Annual report on the lock hospitals of the Madras Presidency
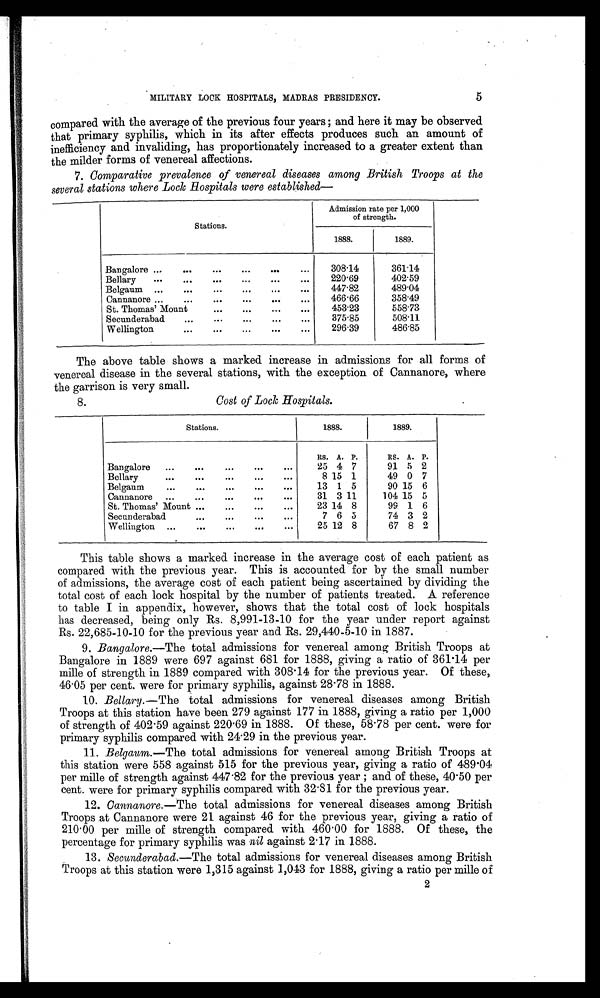
5
MILITARY LOCK HOSPITALS, MADRAS PRESIDENCY.
compared with the average of the previous four years; and here it may be observed
that primary syphilis, which in its after effects produces such an amount of
inefficiency and invaliding, has proportionately increased to a greater extent than
the milder forms of venereal affections.
7. Comparative prevalence of venereal diseases among British Troops at the
several stations where Lock Hospitals were established
—
Stations.
Admission rate per 1,000
of strength.
1888.
1889.
Bangalore ...
...
...
...
...
...
308.14
361.14
Bellary
...
...
...
. . .
...
. . .
220.69
402.59
Belgaum
...
...
. . .
...
. . .
. . .
447.82
489.04
Cannanore ...
...
...
...
...
...
466.66
358.49
St. Thomas' Mount
...
. . .
. . .
. . . 453.23
558.73
Secunderabad
...
...
...
...
...
375.85
508.11
Wellington
. . .
. . .
. . .
. . .
. . .
296.39
486.85
The above table shows a marked increase in admissions for all forms of
venereal disease in the several stations, with the exception of Cannanore, where
the garrison is very small.
8.
Cost of Lock Hospitals.
Stations.
1888.
1889.
Rs. A. P.
RS. A. P.
Bangalore
...
. . .
. . .
. . .
...
25 4 7
91 5 2
Bellary
...
. . .
. . .
...
. . .
8 15 1
49 0 7
Belgaum
...
. . .
...
...
...
13 1 5
90 15 6
Cannanore
...
...
. . .
. . .
. . .
31 3
1 1
104 15 5
St. Thomas' Mount ...
. . .
. . .
. . .
23 14 8
99 1 6
Secunderabad
. . .
. . .
...
...
7 6 5
74 3 2
Wellington
...
. . .
...
. . .
. . .
25 12 8
67 8 2
This table shows a marked increase in the average cost of each patient as
compared with the previous year. This is accounted for by the small number
of admissions, the average cost of each patient being ascertained by dividing the
total cost of each lock hospital by the number of patients treated. A reference
to table I in appendix, however, shows that the total cost of lock hospitals
has decreased, being only Rs. 8,991-13-10 for the year under report against
Rs. 22,685-10-10 for the previous year and Rs. 29,440-5-10 in 1887.
9. Bangalore.—The total admissions for venereal among British Troops at
Bangalore in 1889 were 697 against 681 for 1888, giving a ratio of 361.14 per
mile of strength in 1889 compared with 308.14 for the previous year. Of these,
46.05 per cent. were for primary syphilis, against 28.78 in 1888.
10. Bellary.—The total admissions for venereal diseases among British
Troops at this station have been 279 against 177 in 1888, giving a ratio per 1,000
of strength of 402.59 against 220.69 in 1888. Of these, 58.78 per cent. were for
primary syphilis compared with 24.29 in the previous year.
11. Belgaum.—The total admissions for venereal among British Troops at
this station were 558 against 515 for the previous year, giving a ratio of 489.04
per mille of strength against 447.82 for the previous year ; and of these, 40.50 per
cent. were for primary syphilis compared with 32.81 for the previous year.
12. Cannanore.— The total admissions for venereal diseases among British
Troops at Cannanore were 21 against 46 for the previous year, giving a ratio of
210.00 per mile of strength compared with 460.00 for 1888. Of these, the
percentage for primary syphilis was nil against 2.17 in 1888.
13. Secunderabad.—The total admissions for venereal diseases among British
Troops at this station were 1,315 against 1,043 for 1888, giving a ratio per mille of
2